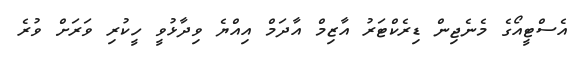
އެސްޓީއޯގެ މެނެޖިން ޑިރެކްޓަރު އާޒިމް އާދަމް އިއްޔެ ވިދާޅުވީ ހީކުރި ވަރަށް ވުރެ